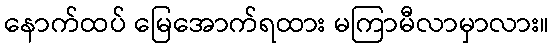
နောက်ထပ် မြေအောက်ရထား မကြာမီလာမှာလား။